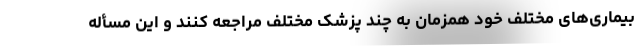
بیماری‌های مختلف خود همزمان به چند پزشک مختلف مراجعه کنند و این مسأله